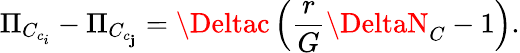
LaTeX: \Pi_{C_{c_{i}}}-\Pi_{C_{c_{\mathbf{j}}}}=\Deltac\left(\frac{{r}}{{G}}\DeltaN_{C}-1\right).